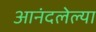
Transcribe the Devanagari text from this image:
आनंदलेल्या